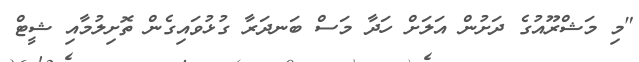
"މި މަޝްރޫއުގެ ދަށުން އަލަށް ހަދާ މަސް ބަނދަރާ ގުޅުވައިގެން ތޮށިލުމާއި ޝީޓް